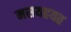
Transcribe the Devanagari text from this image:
मसयहयत